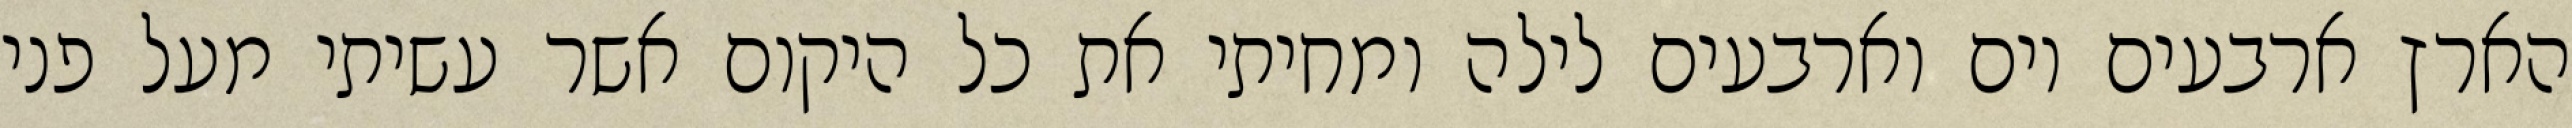
הארץ ארבעים יום וארבעים לילה ומחיתי את כל היקום אשר עשיתי מעל פני